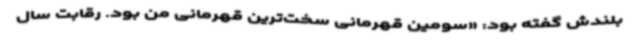
بلندش گفته بود: «سومین قهرمانی سخت‌ترین قهرمانی من بود. رقابت سال